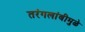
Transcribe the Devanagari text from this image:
तरंगलांबीमुळे